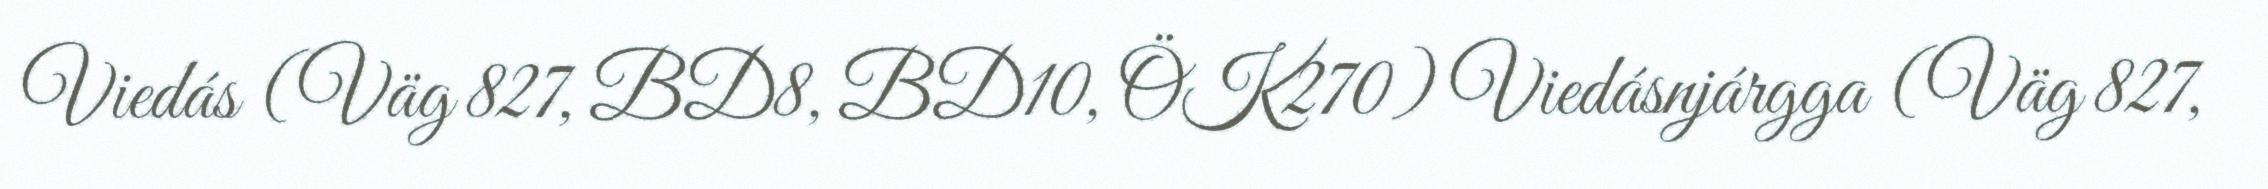
Viedás (Väg 827, BD8, BD10, ÖK270) Viedásnjárgga (Väg 827,